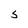
Character: 5